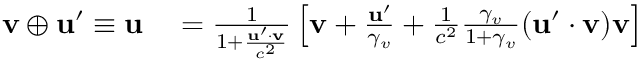
\begin{array} { r l } { \mathbf { v } \oplus \mathbf { u } ^ { \prime } \equiv \mathbf { u } } & { { } = { \frac { 1 } { 1 + { \frac { \mathbf { u } ^ { \prime } \cdot \mathbf { v } } { c ^ { 2 } } } } } \left[ \mathbf { v } + { \frac { \mathbf { u } ^ { \prime } } { \gamma _ { v } } } + { \frac { 1 } { c ^ { 2 } } } { \frac { \gamma _ { v } } { 1 + \gamma _ { v } } } ( \mathbf { u } ^ { \prime } \cdot \mathbf { v } ) \mathbf { v } \right] } \end{array}